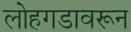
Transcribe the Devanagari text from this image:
लोहगडावरून